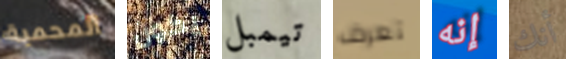
المحمية يكون تيمبل تعرف إنه أنك